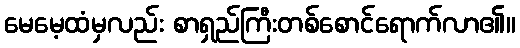
မေမေ့ထံမှလည်း စာရှည်ကြီးတစ်စောင်ရောက်လာ၏။